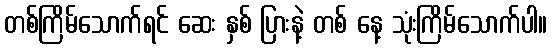
တစ်ကြိမ်သောက်ရင် ဆေး နှစ် ပြားနဲ့ တစ် နေ့ သုံးကြိမ်သောက်ပါ။